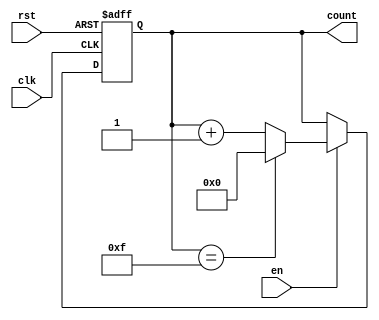
module MemoryBlocksUpCounter #(
    parameter INITIAL_VALUE = 4'b0000, // Initial value (0)
    parameter MAX_VALUE = 4'b1111       // Maximum value (15 for a 4-bit counter)
)(
    input wire clk,                     // Clock signal
    input wire rst,                     // Asynchronous reset signal
    input wire en,                      // Enable counting signal
    output reg [3:0] count              // 4-bit output count
);

    // Always block for synchronous counting and reset
    always @(posedge clk or posedge rst) begin
        if (rst) begin
            // Asynchronous reset to initial value
            count <= INITIAL_VALUE;
        end else if (en) begin
            // Increment counter if enabled
            if (count == MAX_VALUE) begin
                count <= INITIAL_VALUE; // Wrap around to initial value
            end else begin
                count <= count + 1'b1;   // Increment counter
            end
        end
    end

endmodule